Report on vaccination in the Province of Bengal - 1869-1873
Year: 1869
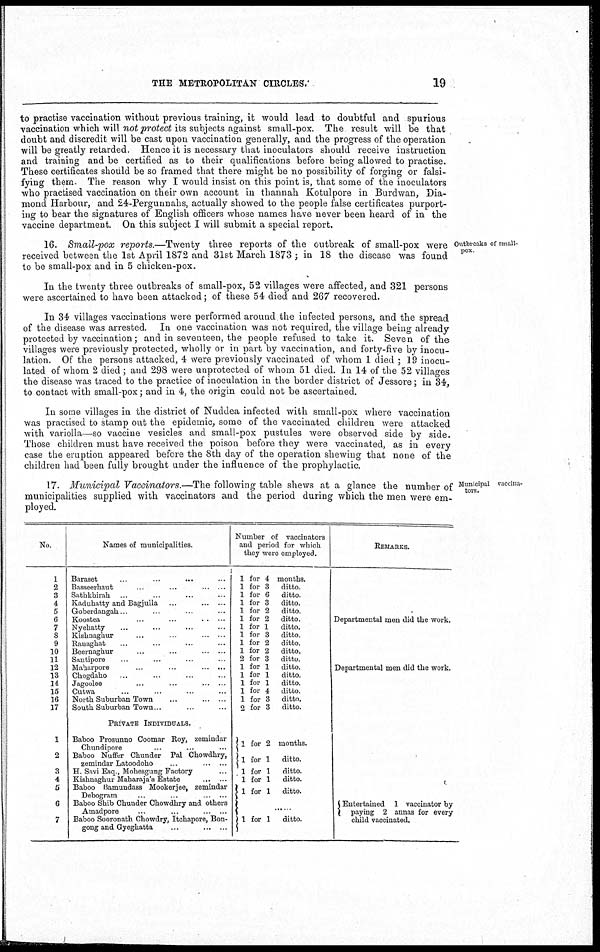
THE METROPOLITAN CIRCLES.
19
to practise vaccination without previous training, it would lead to doubtful and spurious
vaccination which will not protect its subjects against small-pox. The result will be that
doubt and discredit will be cast upon vaccination generally, and the progress of the operation
will be greatly retarded. Hence it is necessary that inoculators should receive instruction
and training and be certified as to their qualifications before being allowed to practise.
These certificates should be so framed that there might be no possibility of forging or falsi-
fying them. The reason why I would insist on this point is, that some of the inoculators
who practised vaccination on their own account in thannah Kotulpore in Burdwan, Dia-
mond Harbour, and 24-Pergunnahs, actually showed to the people false certificates purport-
ing to bear the signatures of English officers whose names have never been heard of in the
vaccine department. On this subject I will submit a special report.
Outbreaks of small-
pox.
16. Small-pox reports.—Twenty three reports of the outbreak of small-pox were
received between the 1st April 1872 and 31st March 1873 ; in 18 the disease was found
to be small-pox and in 5 chicken-pox.
In the twenty three outbreaks of small-pox, 52 villages were affected, and 321 persons
were ascertained to have been attacked; of these 54 died and 267 recovered.
In 34 villages vaccinations were performed around the infected persons, and the spread
of the disease was arrested. In one vaccination was not required, the village being already
protected by vaccination; and in seventeen, the people refused to take it. Seven of the
villages were previously protected, wholly or in part by vaccination, and forty-five by inocu-
lation. Of the persons attacked, 4 were previously vaccinated of whom 1 died ; 19 inocu-
lated of whom 2 died; and 298 were unprotected of whom 51 died. In 14 of the 52 villages
the disease was traced to the practice of inoculation in the border district of Jessore; in 34,
to contact with small-pox; and in 4, the origin could not be ascertained.
In some villages in the district of Nuddea infected with small-pox where vaccination
was practised to stamp out the epidemic, some of the vaccinated children were attacked
with variolla—so vaccine vesicles and small-pox pustules were observed side by side.
Those children must have received the poison before they were vaccinated, as in every
case the eruption appeared before the 8 th day of the operation shewing that none of the
children had been fully brought under the influence of the prophylactic.
Municipal vaccina-
tors.
17. Municipal Vaccinators.—The following table shews at a glance the number of
municipalities supplied with vaccinators and the period during which the men were em-
ployed.
No.
1
2
3
4
5
6
7
8
9
10
11
12
13
14
15
16
17
1
2
3
4
5
6
7
Names of municipalities.
Baraset ... ... ... ...
Basseerhaut
...
...
...
...
Sathkhirah ... ... ... ...
Kaduhatty and Bagjulla ... ... ... ...
Goberdangah ... ... ... ...
Koostea
...
...
...
...
Nyebatty ... ... ... ...
Kishnaghur
...
...
...
...
Rauaghat ... ... ... ...
Beernaghur ... ... ... ...
Santrpore ... ... ... ...
Maharpore
...
...
...
...
Chogdaho ... ... ... ...
Jagoolee
...
...
...
...
Cutwa ... ... ... ...
North Suburban Town ... ... ... ...
South Suburban Town ... ... ... ...
PRIVATE INDIVIDUALS.
Baboo Prosunno Coomar Roy, zemindar
Chundipore ... ... ... ...
Baboo Nuffer Chunder Pal Chowdhry,
zemindar Latoodoho
...
...
...
H. Savi Esq., Mobesgung Factory ... ...
Kishnaghur Maharaja's Estate
...
...
Baboo Bamundass Mookerjee, zemindar
Debogram
...
...
...
Baboo Shib Cbunder Chowdhry and others
Amadpore
...
...
...
...
...
Baboo Sooronath Chowdry, Itchapore, Bon-
gong and Gyeghatta
...
...
...
Number of vaccinators
and period for which
they were employed.
1 for 4 months.
1 for 3 ditto.
1 for 6 ditto.
1 for 3 ditto.
1 for 2 ditto.
1 for 2 ditto.
1 for 1 ditto.
1 for 3 ditto.
1 for 2 ditto.
1 for 2 ditto.
2 for 3 ditto.
1 for 1 ditto.
1 for 1 ditto.
1 for 1 ditto.
1 for 4 ditto.
1 for 3 ditto.
2 for 3 ditto.
1 for 2 months.
1 for 1 ditto.
1 for 1 ditto.
1 for 1
ditto.
1 for 1 ditto.
......
1 for 1 ditto.
REMARKS.
Departmental men did the work.
Departmental men did the work.
Entertained 1 vaccinator by
paying 2 annas for every
child vaccinated.